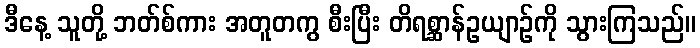
ဒီနေ့ သူတို့ ဘတ်စ်ကား အတူတကွ စီးပြီး တိရစ္ဆာန်ဥယျာဉ်ကို သွားကြသည်။